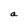
Character: a